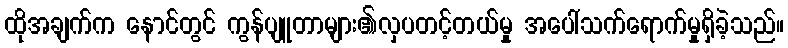
ထိုအချက်က နောင်တွင် ကွန်ပျူတာများ၏လှပတင့်တယ်မှု အပေါ်သက်ရောက်မှုရှိခဲ့သည်။